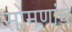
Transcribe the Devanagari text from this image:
सोमणांचे